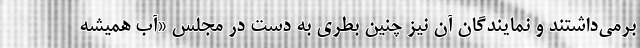
برمي‌داشتند و نمايندگان آن نيز چنين بطري به دست در مجلس «آب هميشه